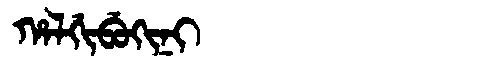
Manchu: ᡥᠠᠯᡤᡳᠪᡠᡴᡳᠨᡳ
Romanization: HALGIBUKINI